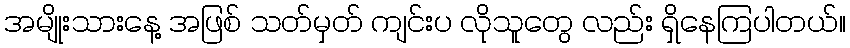
အမျိုးသားနေ့ အဖြစ် သတ်မှတ် ကျင်းပ လိုသူတွေ လည်း ရှိနေကြပါတယ်။